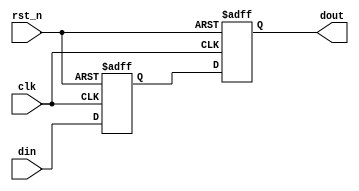
//-----------------------------------------------------------------------------
// The confidential and proprietary information contained in this file may
// only be used by a person authorised under and to the extent permitted
// by a subsisting licensing agreement from ARM Limited.
//
//            (C) COPYRIGHT 2013 ARM Limited.
//                ALL RIGHTS RESERVED
//
// This entire notice must be reproduced on all copies of this file
// and copies of this file may only be made by a person if such person is
// permitted to do so under the terms of a subsisting license agreement
// from ARM Limited.
//
//      SVN Information
//
//      Checked In          : $Date: 2017-07-25 15:10:13 +0100 (Tue, 25 Jul 2017) $
//
//      Revision            : $Revision: 368444 $
//
//      Release Information : Cortex-M0 DesignStart-r2p0-00rel0
//
//-----------------------------------------------------------------------------
//-----------------------------------------------------------------------------
// Abstract : I2S interface double flip-flop synchronization
//-----------------------------------------------------------------------------

module i2s_sync_cell (
  input   wire     clk,
  input   wire     rst_n,
  input   wire     din,
  output  wire     dout
  );

  reg   sync1;
  reg   sync2;

  // synchroniser
  always @ (posedge clk or negedge rst_n)
    if (!rst_n)
      begin
       sync1  <= 1'b0;
       sync2  <= 1'b0;
      end
    else
      begin
        sync1 <= din;
        sync2 <= sync1;
      end
  
  assign dout = sync2;

endmodule